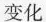
变化